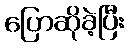
ပြောဆိုခဲ့ပြီး